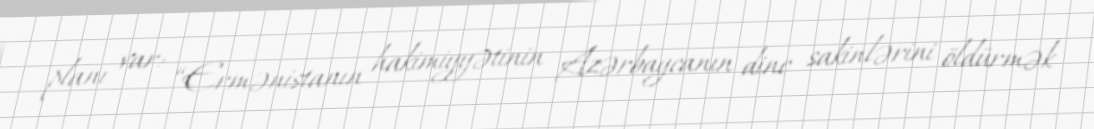
planı var: “Ermənistanın hakimiyyətinin Azərbaycanın dinc sakinlərini öldürmək